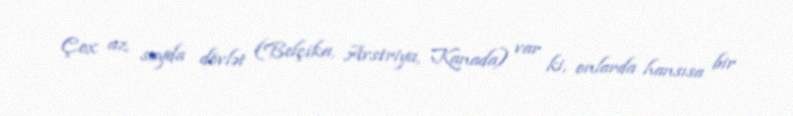
Çox az sayda dövlət (Belçika, Avstriya, Kanada) var ki, onlarda hansısa bir